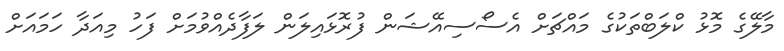
މާލޭގެ މޮޅު ކްލަބްތަކުގެ މައްޗަށް އެސޯސިއޭޝަން ފުރޮޅައިލަން ލަފާދެއްވުމަށް ފަހު މިއަދާ ހަމައަށް